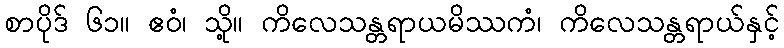
စာပိုဒ် ၆၁။ ဧဝံ၊ သို့။ ကိလေသန္တရာယမိဿကံ၊ ကိလေသန္တရာယ်နှင့်